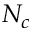
N _ { c }